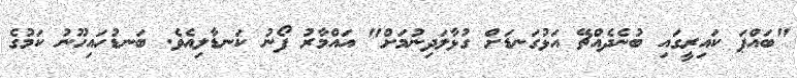
"ބައްޕަ ކައިރީގައި ބުނެދެއްޗޭ އަޅުގަނޑަށް ގުޅާލަދިނުމަށް" އައްމާރު ފޯނު ކަނޑާލިއެވެ. ބަނޑުހައިހޫނު ކަމުގެ